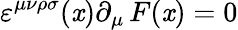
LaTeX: \varepsilon^{\mu\nu\rho\sigma}(\mathit{x})\partial_{\mu}\, F(\mathit{x})=0